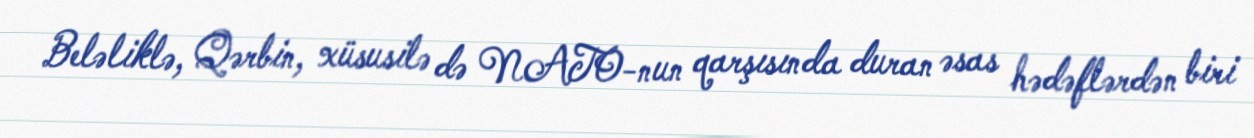
Beləliklə, Qərbin, xüsusilə də NATO-nun qarşısında duran əsas hədəflərdən biri